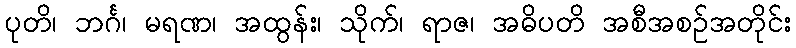
ပုတိ၊ ဘင်္ဂ၊ မရဏ၊ အထွန်း၊ သိုက်၊ ရာဇ၊ အဓိပတိ အစီအစဉ်အတိုင်း